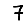
Digit: 7